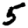
Digit: 5